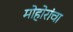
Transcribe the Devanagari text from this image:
मोहोरांचा